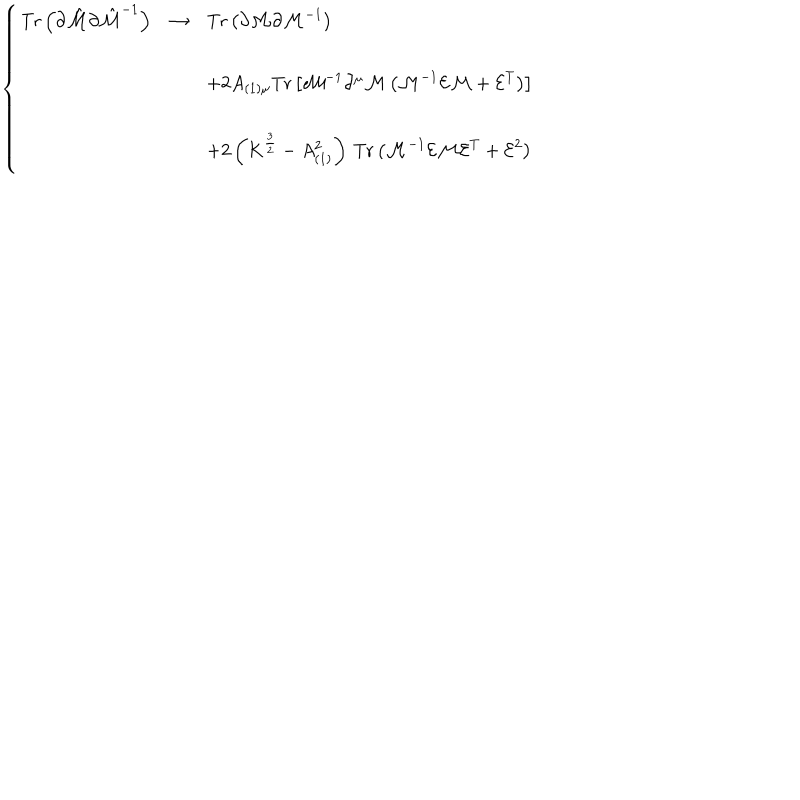
LaTeX: \left\{ \begin{array} { r c l } { { \mathrm { T r } \left( \partial \hat { \cal M } \partial \hat { \cal M } ^ { - 1 } \right) } } & { { \rightarrow } } & { { \mathrm { T r } \left( \partial { \cal M } \partial { \cal M } ^ { - 1 } \right) } } \\ { { } } & { { } } & { { } } \\ { { } } & { { } } & { { + 2 A _ { ( 1 ) \mu } \mathrm { T r } \left[ { \cal M } ^ { - 1 } \partial ^ { \mu } { \cal M } \left( { \cal M } ^ { - 1 } { \cal E } { \cal M } + { \cal E } ^ { T } \right) \right] } } \\ { { } } & { { } } & { { } } \\ { { } } & { { } } & { { + 2 \left( K ^ { \frac { 3 } { 2 } } - A _ { ( 1 ) } ^ { 2 } \right) \, \mathrm { T r } \left( { \cal M } ^ { - 1 } { \cal E } { \cal M } { \cal E } ^ { T } + { \cal E } ^ { 2 } \right) } } \\ \end{array} \right.